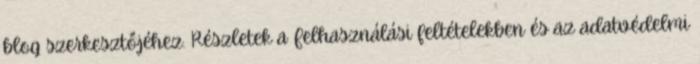
blog szerkesztőjéhez. Részletek a Felhasználási feltételekben és az adatvédelmi